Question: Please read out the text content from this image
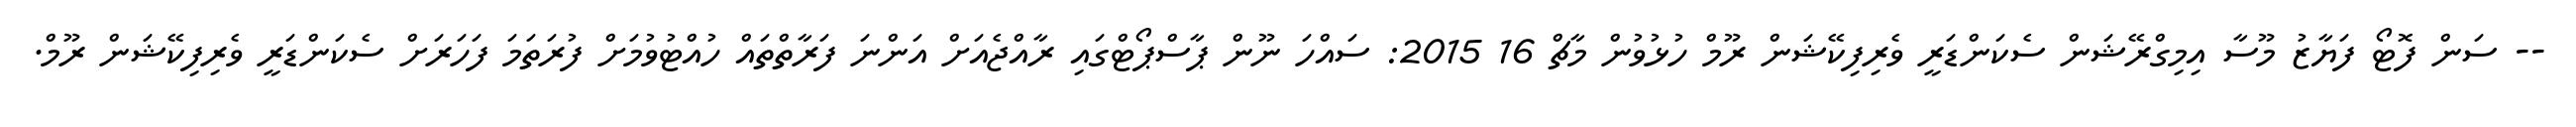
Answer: -- ސަން ފޮޓޯ ފަޔާޒު މޫސާ އިމިގްރޭޝަން ސެކަންޑަރީ ވެރިފިކޭޝަން ރޫމް ހުޅުވުން މާޗް 16 2015: ސައްހަ ނޫން ޕާސްޕޯޓްގައި ރާއްޖެއަށް އަންނަ ފަރާތްތައް ހުއްޓުވުމަށް ފުރަތަމަ ފަހަރަށް ސެކަންޑަރީ ވެރިފިކޭޝަން ރޫމް.